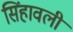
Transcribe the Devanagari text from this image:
सिंहावली